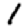
Digit: 1